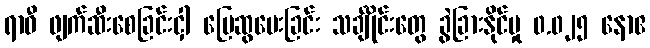
ရာဝီ ဖျက်ဆီးစေခြင်းငှါ မြေဆွပေးခြင်း သင်္ချိုင်းတွေ ခွဲခြားနိုင်မှု ၀.၀၂၅ နောဧ